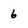
Character: 6